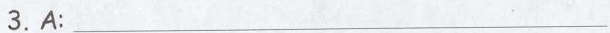
3.A:___